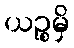
ယဉ္စမှိ